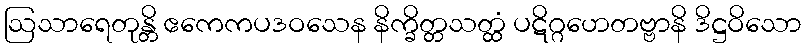
ဩသာရေတုန္တိ ဧကေကပဒဝသေန နိက္ခိတ္တသတ္ထံ ပဋိဂ္ဂဟေတဗ္ဗာနိ ဒိဋ္ဌဝိသော